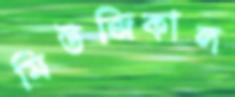
মিউজিকাল